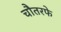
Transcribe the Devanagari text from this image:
चौतरफे